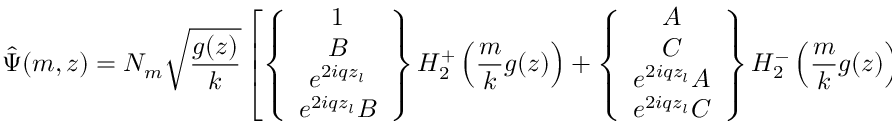
\hat { \Psi } ( m , z ) = N _ { m } \sqrt { \frac { g ( z ) } { k } } \left[ \left\{ \begin{array} { c } { { 1 } } \\ { { B } } \\ { { e ^ { 2 i q z _ { l } } } } \\ { { e ^ { 2 i q z _ { l } } B } } \end{array} \right\} H _ { 2 } ^ { + } \left( \frac { m } { k } g ( z ) \right) + \left\{ \begin{array} { c } { { A } } \\ { { C } } \\ { { e ^ { 2 i q z _ { l } } A } } \\ { { e ^ { 2 i q z _ { l } } C } } \end{array} \right\} H _ { 2 } ^ { - } \left( \frac { m } { k } g ( z ) \right) \right]